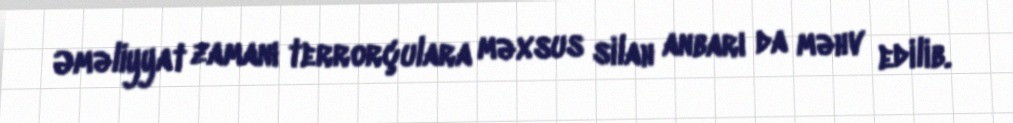
Əməliyyat zamanı terrorçulara məxsus silah anbarı da məhv edilib.